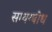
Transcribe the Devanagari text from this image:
सम्यग्बोध